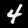
Digit: 4